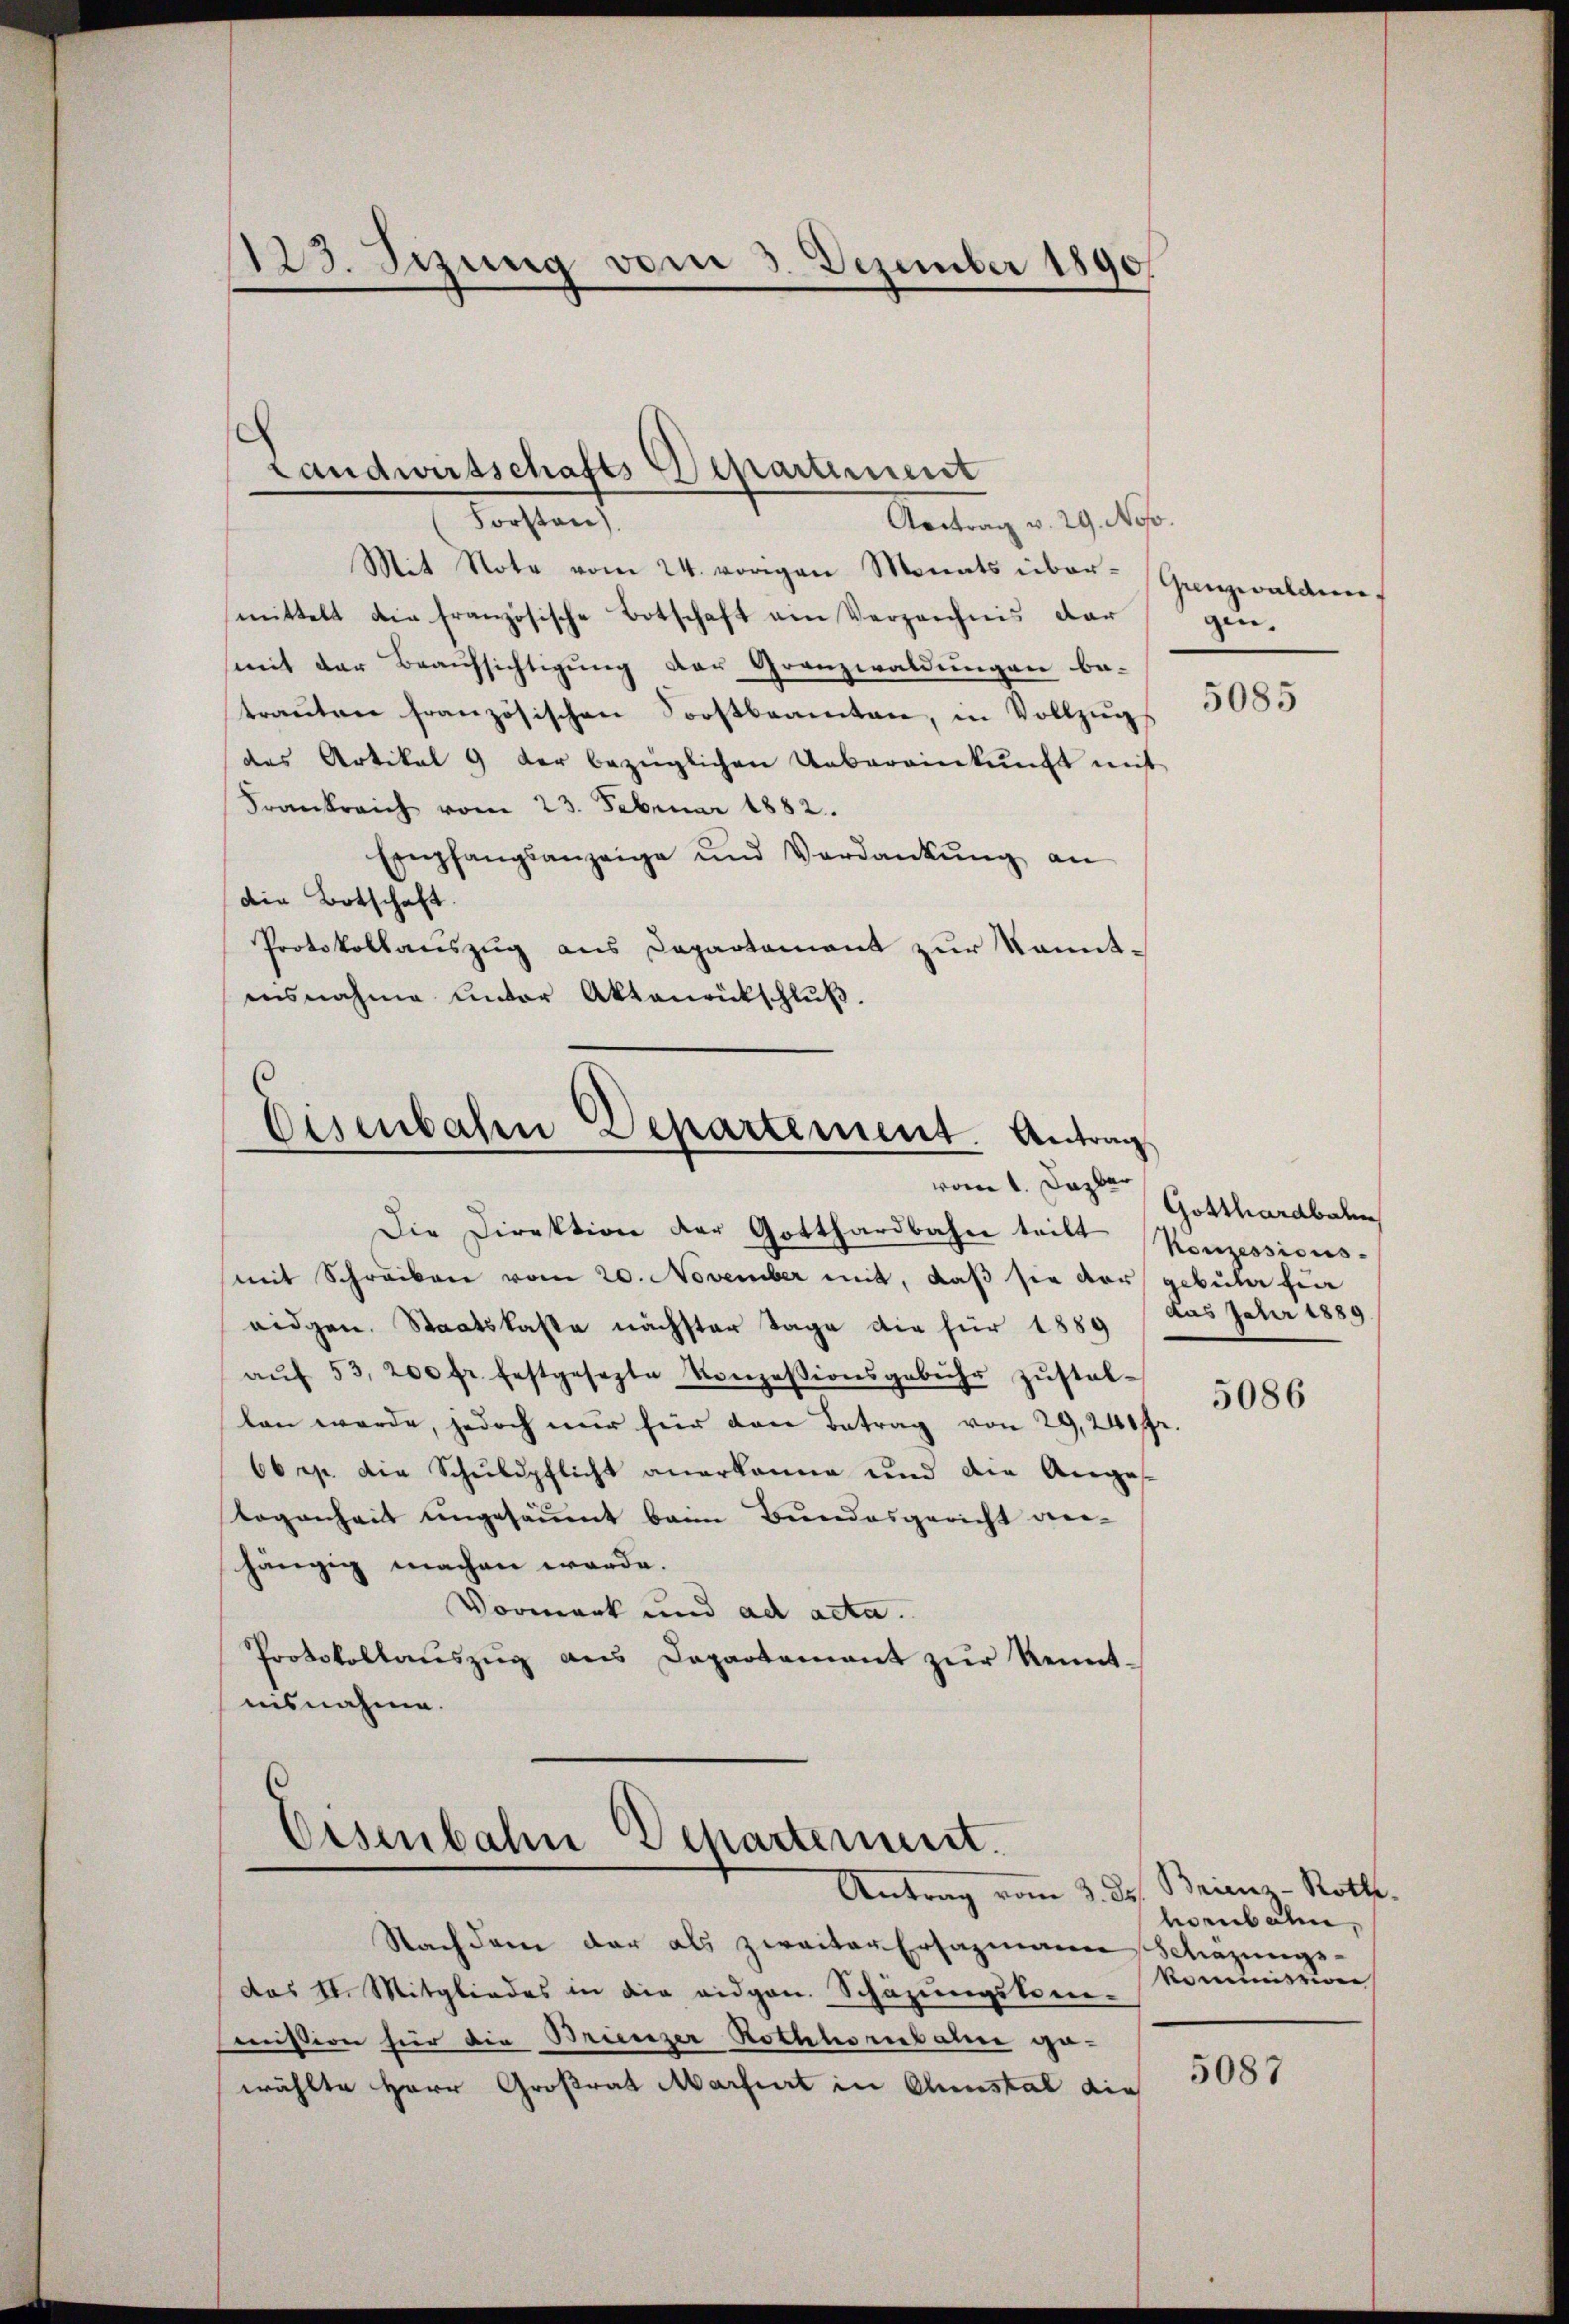
123. Sezung vom 5. Dezember 1890

Forsten).
Aortrag v. 29. Nov.
Mit Note vom 24. vorigen Monats über-Grenzwalden-
mittelt die französische Botschaft ein Verzeichnis dar
mit der Beaufsichtigung der Granzwaldungen be-
trauten französischen Forstbeamten, in Vollzugs
des Artikal 9 der bezüglichen Uebereinkunft mit
Frankreich vom 23. Februar 1882.
Empfangsanzeige und Verdankŭng an
die Botschaft.
Protokollauszug aus Departement zur Sonntensnahme unter Aktenrütschlŭβ.

Landwirtschafts Departement

(
Eisenbahrn Departement. Antrag
vom 1. Dazber

Die Direktion der Gotthardbahn tritt Konzessions-
mit Schreiben vom 20. November mit, daß sie der gebula fin
eidgen. Staatskaste nächster Tage die für 1889
aŭf 53, 200 fr. festgesetzte Konzessionsgebühr zŭstel-
len werde, jedoch nur für den Betrag von 29,240 fr.
66 p. die Schuldpflicht anerkanne und die Anges
Togenheit ungesäumt beim Bundesgericht ver-
hängig machen werde.
Vormerk und ad acta.
Protokollaŭszŭg ans Departement zŭr Kenntnisnahme.

Eisenbahn Departement.

Antrag vom 3. Jos. Briens - Rothe
Nachdem der als zweiter Ersazmann Schazungs-
das St. Mitgliedes in die eidgen. Schazungskone-
mission hier die Brienzer Rothhorbahn gewählte Herr Großrat Martiert in Anstal die

gin.

5085

Gotthardbahn
das Jahr 1889.

5086

horbahn,
vommission

5087